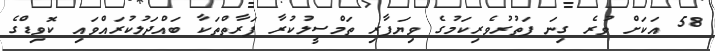
58 އަކަށް ވުރެ ގިނަ ފަތުރުވެރިކަމުގެ ވިޔަފާރި ތަމްސީލުކުރާ ފަރާތްތަކާ ބައްދަލުކުރައްވައި ކޮވިޑްގެ